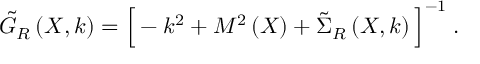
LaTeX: \tilde { G } _ { R } \left( X , k \right) = \Big [ - k ^ { 2 } + M ^ { 2 } \left( X \right) + \tilde { \Sigma } _ { R } \left( X , k \right) \Big ] ^ { - 1 } \; .